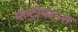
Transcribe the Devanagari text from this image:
मल्टीपरपस